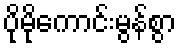
ပိုမိုကောင်းမွန်စွာ